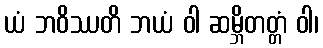
ယံ ဘဝိဿတိ ဘယံ ဝါ ဆမ္ဘိတတ္တံ ဝါ၊